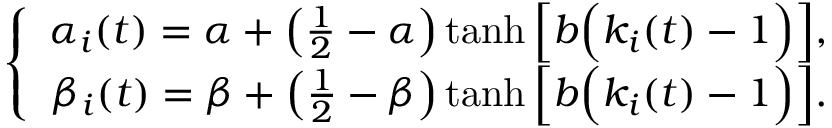
\left\{ \begin{array} { r } { \alpha _ { i } ( t ) = \alpha + \left( \frac { 1 } { 2 } - \alpha \right) \operatorname { t a n h } \Big [ b \Big ( k _ { i } ( t ) - 1 \Big ) \Big ] , } \\ { \beta _ { i } ( t ) = \beta + \left( \frac { 1 } { 2 } - \beta \right) \operatorname { t a n h } \Big [ b \Big ( k _ { i } ( t ) - 1 \Big ) \Big ] . } \end{array} \right.